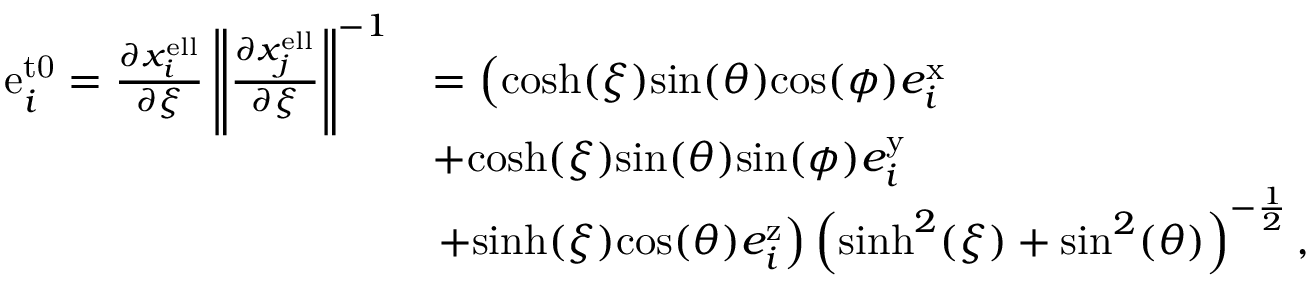
\begin{array} { r l } { \mathrm { e } _ { i } ^ { \mathrm { t 0 } } = \frac { \partial x _ { i } ^ { \mathrm { e l l } } } { \partial \xi } \left\| \frac { \partial x _ { j } ^ { \mathrm { e l l } } } { \partial \xi } \right\| ^ { - 1 } } & { = \left( \mathrm { c o s h } ( \xi ) \mathrm { s i n } ( \theta ) \mathrm { c o s } ( \phi ) e _ { i } ^ { \mathrm { x } } \right. } \\ & { + \mathrm { c o s h } ( \xi ) \mathrm { s i n } ( \theta ) \mathrm { s i n } ( \phi ) e _ { i } ^ { \mathrm { y } } } \\ & { \left. + \mathrm { s i n h } ( \xi ) \mathrm { c o s } ( \theta ) e _ { i } ^ { \mathrm { z } } \right) \left( \mathrm { s i n h } ^ { 2 } ( \xi ) + \mathrm { s i n } ^ { 2 } ( \theta ) \right) ^ { - \frac { 1 } { 2 } } , } \end{array}